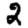
Digit: 2